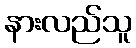
နားလည်သူ